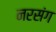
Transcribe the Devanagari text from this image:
नरसंग